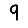
Digit: 9